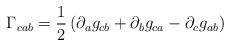
LaTeX: \begin{align*}\Gamma_{cab}= \frac{1}{2}\left (\partial_{a} g_{cb} + \partial_{b} g_{ca} - \partial_{c} g_{ab} \right)\end{align*}